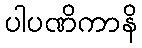
ပါပဏိကာနိ